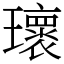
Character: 瓌